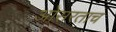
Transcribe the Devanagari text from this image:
ओसरताच